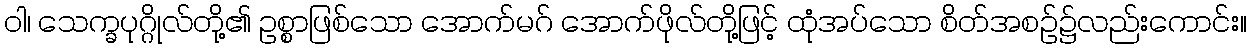
ဝါ၊ သေက္ခပုဂ္ဂိုလ်တို့၏ ဥစ္စာဖြစ်သော အောက်မဂ် အောက်ဖိုလ်တို့ဖြင့် ထုံအပ်သော စိတ်အစဉ်၌လည်းကောင်း။